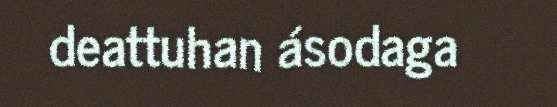
deattuhan ásodaga